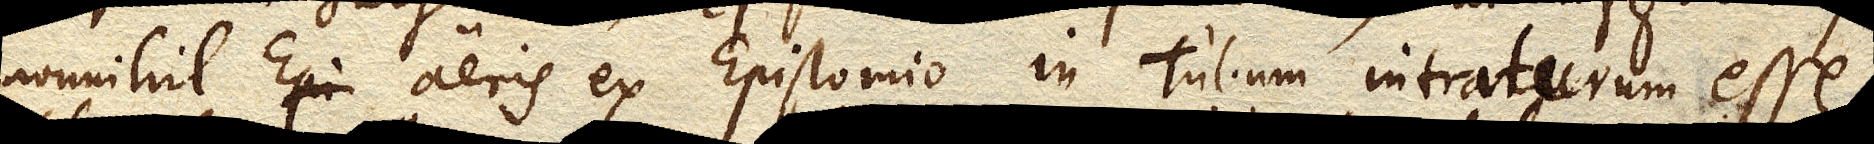
nonnihil aeris ex Epistomio in tubum intraturum esse,